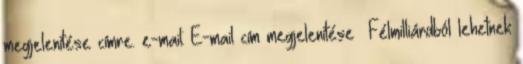
megjelenítése címre. e-mail: E-mail cím megjelenítése Félmilliárdból lehetnek